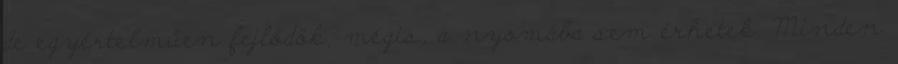
de egyértelműen fejlődök, mégis, a nyomába sem érhetek. Minden